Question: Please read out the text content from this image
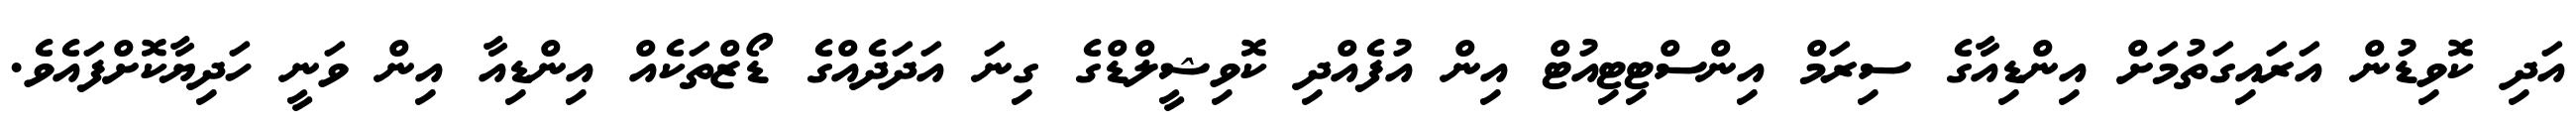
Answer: އަދި ކޮވިޑުން އަރައިގަތުމަށް އިންޑިއާގެ ސިރަމް އިންސްޓިޓިއުޓް އިން އުފެއްދި ކޮވިޝީލްޑްގެ ގިނަ އަދަދެއްގެ ޑޯޒްތަކެއް އިންޑިއާ އިން ވަނީ ހަދިޔާކޮށްފައެވެ.